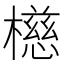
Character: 𪴆